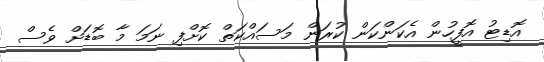
އޮޑިޓު އޮފީހުން އެކަންކަން ކުރަން މަސައްކަތް ކޮށްފި ނަމަ މާ ބޮޑަށް ވެސް